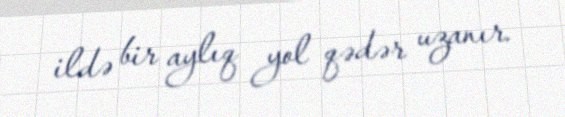
ildə bir aylıq yol qədər uzanır.